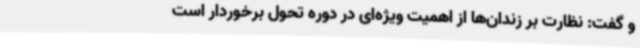
و گفت: نظارت بر زندان‌ها از اهمیت ویژه‌ای در دوره تحول برخوردار است